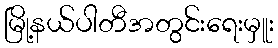
မြို့နယ်ပါတီအတွင်းရေးမှူး